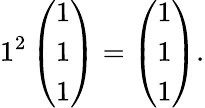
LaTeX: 1^{2}\left(\begin{array}{r}{1}\\ {1}\\ {1}\end{array}\right)=\left(\begin{array}{r}{1}\\ {1}\\ {1}\end{array}\right).